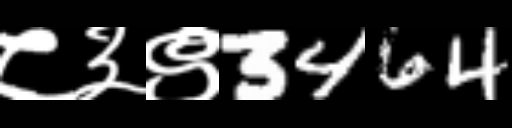
Text: ८३९3464